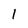
Character: 1